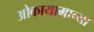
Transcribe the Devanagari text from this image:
ओकायामाच्या